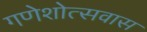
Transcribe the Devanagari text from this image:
गणेशोत्सवास